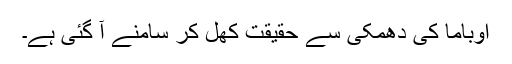
اوباما کی دھمکی سے حقیقت کھل کر سامنے آ گئی ہے۔